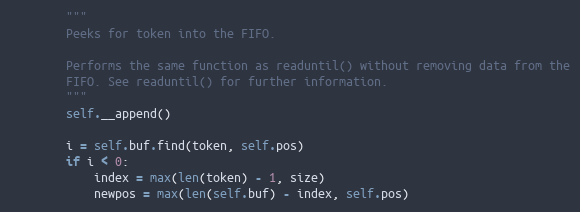
Language: Python
        """
        Peeks for token into the FIFO.

        Performs the same function as readuntil() without removing data from the
        FIFO. See readuntil() for further information.
        """
        self.__append()

        i = self.buf.find(token, self.pos)
        if i < 0:
            index = max(len(token) - 1, size)
            newpos = max(len(self.buf) - index, self.pos)